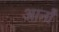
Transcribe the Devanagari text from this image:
आर्नॉ